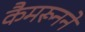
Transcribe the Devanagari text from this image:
कैमरूनने